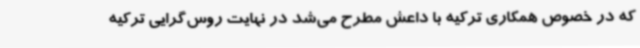
که در خصوص همکاری ترکیه با داعش مطرح می‌شد در نهایت روس‌گرایی ترکیه